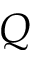
Q